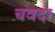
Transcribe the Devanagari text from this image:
चवदा